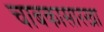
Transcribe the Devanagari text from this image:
चाबकासारखा